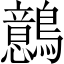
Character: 鷾